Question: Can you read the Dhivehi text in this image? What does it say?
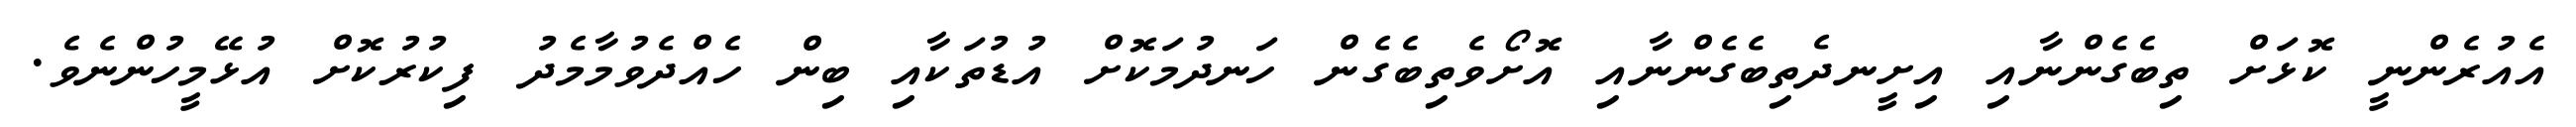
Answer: އެއުރެންނީ ކޮޅަށް ތިބެގެންނާއި އިށީނދެތިބެގެންނާއި އޮށޯވެތިބެގެން ހަނދުމަކޮށް އުޑުތަކާއި ބިން ހެއްދެވުމާމެދު ފިކުރުކޮށް އުޅޭމީހުންނެވެ.